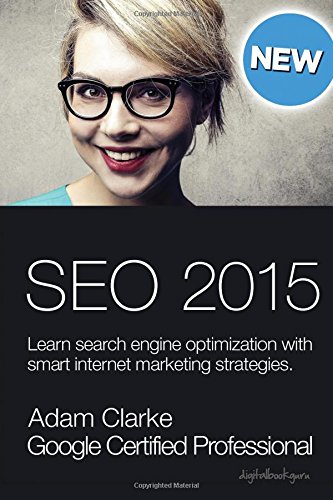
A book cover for Search engine optimization 2015: Learn SEO with smart internet marketing strategies; Adam Clarke; Computers & Technology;